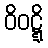
ဝိဝဋ္ဋိ